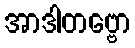
အာဒါတဗ္ဗော